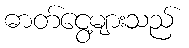
ဓာတ်ငွေ့များသည်